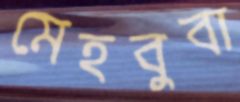
মেহবুবা